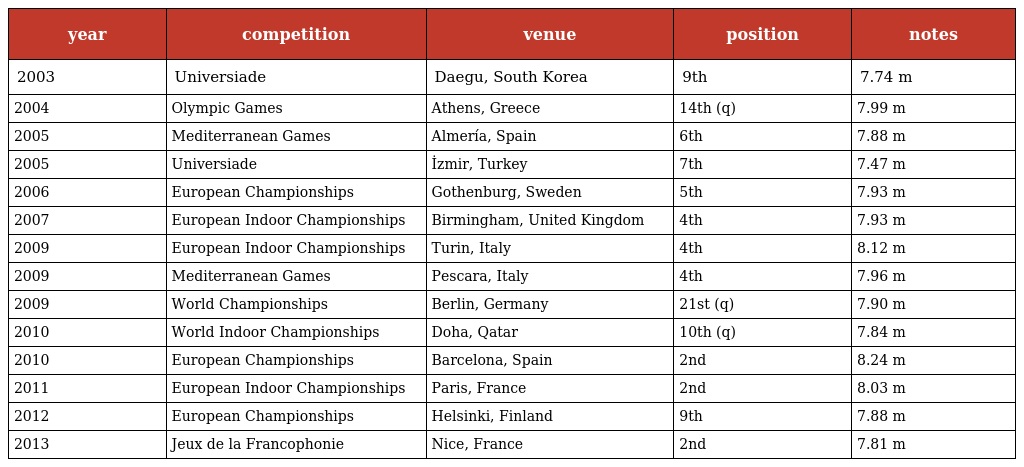
| year | competition | venue | position | notes |
 | --- | --- | --- | --- | --- |
 | 2003 | Universiade | Daegu, South Korea | 9th | 7.74 m |
 | 2004 | Olympic Games | Athens, Greece | 14th (q) | 7.99 m |
 | 2005 | Mediterranean Games | Almería, Spain | 6th | 7.88 m |
 | 2005 | Universiade | İzmir, Turkey | 7th | 7.47 m |
 | 2006 | European Championships | Gothenburg, Sweden | 5th | 7.93 m |
 | 2007 | European Indoor Championships | Birmingham, United Kingdom | 4th | 7.93 m |
 | 2009 | European Indoor Championships | Turin, Italy | 4th | 8.12 m |
 | 2009 | Mediterranean Games | Pescara, Italy | 4th | 7.96 m |
 | 2009 | World Championships | Berlin, Germany | 21st (q) | 7.90 m |
 | 2010 | World Indoor Championships | Doha, Qatar | 10th (q) | 7.84 m |
 | 2010 | European Championships | Barcelona, Spain | 2nd | 8.24 m |
 | 2011 | European Indoor Championships | Paris, France | 2nd | 8.03 m |
 | 2012 | European Championships | Helsinki, Finland | 9th | 7.88 m |
 | 2013 | Jeux de la Francophonie | Nice, France | 2nd | 7.81 m |